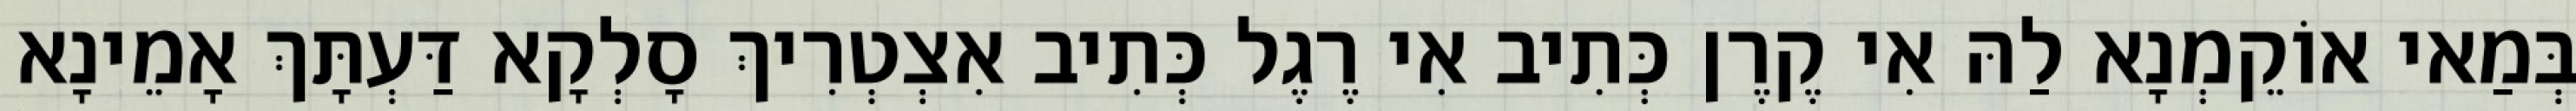
בְּמַאי אוֹקֵמְנָא לַהּ אִי קֶרֶן כְּתִיב אִי רֶגֶל כְּתִיב אִצְטְרִיךְ סָלְקָא דַּעְתָּךְ אָמֵינָא